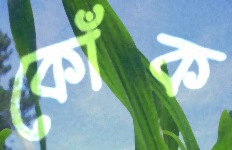
কোঁক